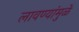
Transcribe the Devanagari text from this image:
लावण्यांमुळे